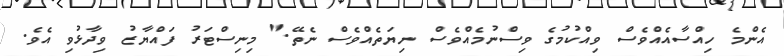
އެންމެ ހިއްސާއެއްވެސް ވިއްކުމުގެ ވިސްނުމެއްވެސް ނިޔަތެއްވެސް ނެތޭ." މިނިސްޓަރު ފައްޔާޒު ވިދާޅުވި އެވެ.